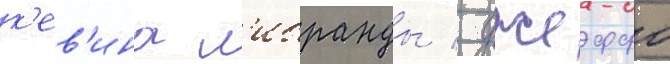
к'ев'ина л'ибранды / джеффо